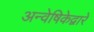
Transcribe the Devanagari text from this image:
अन्वेषिकेद्वारे